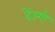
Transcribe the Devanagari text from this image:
देंउगो